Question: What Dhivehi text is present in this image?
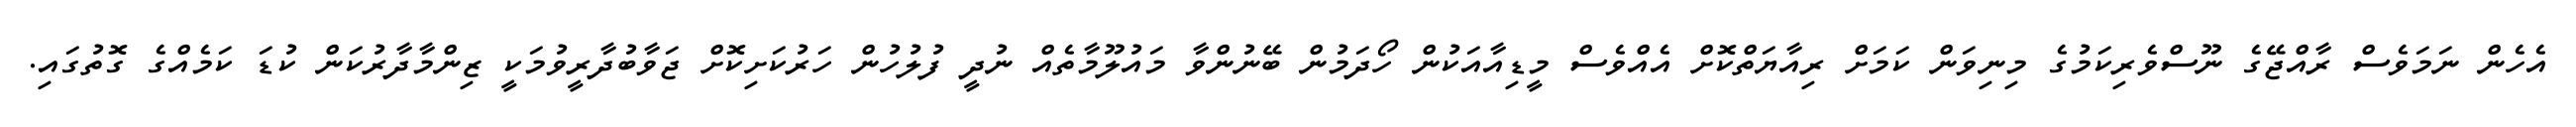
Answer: އެހެން ނަމަވެސް ރާއްޖޭގެ ނޫސްވެރިކަމުގެ މިނިވަން ކަމަށް ރިއާޔަތްކޮށް އެއްވެސް މީޑިއާއަކުން ހޯދަމުން ބޭނުންވާ މައުލޫމާތެއް ނުދީ ފުލުހުން ހަރުކަށިކޮށް ޖަވާބުދާރީވުމަކީ ޒިންމާދާރުކަން ކުޑަ ކަމެއްގެ ގޮތުގައި.